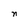
Character: n